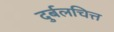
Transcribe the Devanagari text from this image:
दुर्बलचित्त